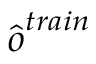
\hat { \boldsymbol { o } } ^ { t r a i n }